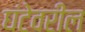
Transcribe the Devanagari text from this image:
घंटेवरील